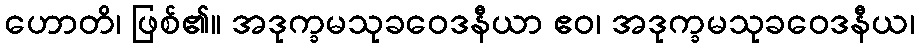
ဟောတိ၊ ဖြစ်၏။ အဒုက္ခမသုခဝေဒနီယာ ဧဝ၊ အဒုက္ခမသုခဝေဒနီယ၊